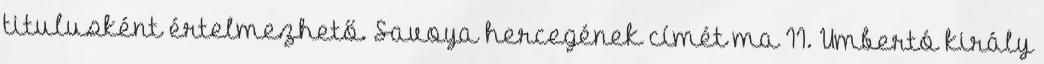
titulusként értelmezhető. Savoya hercegének címét ma II. Umbertó király